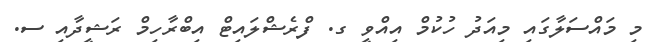
މި މައްސަލާގައި މިއަދު ހުުކުމް އިއްވީ ގ. ފްރެޝްލައިޓް އިބްރާހިމް ރަޝީދާއި ސ.